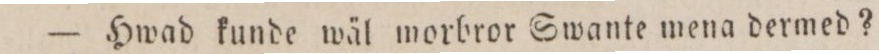
— Hwad kunde wäl morbror Swante mena dermed?